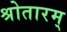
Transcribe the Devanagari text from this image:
श्रोतारम्